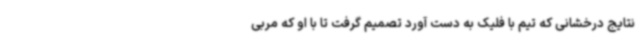
نتایج درخشانی که تیم با فلیک به دست آورد تصمیم گرفت تا با او که مربی